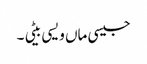
جیسی ماں ویسی بیٹی ۔